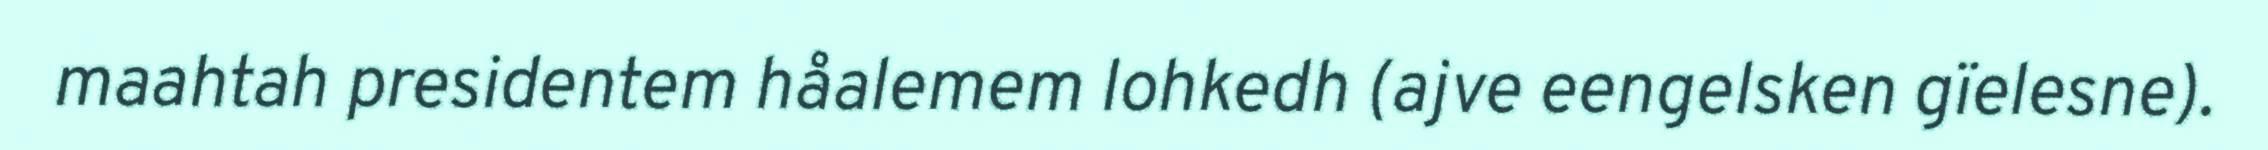
maahtah presidentem håalemem lohkedh (ajve eengelsken gïelesne).